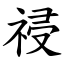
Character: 祲